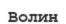
Волин